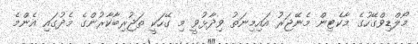
މޯލްޑިވްގޭހުގެ މާކެޓިން މެނޭޖަރު އައިމިނަތު ވިދާޅުވީ މި ގޭހަކީ ތަޖުރިބާކާރުންގެ މެދުގައި އެންމެ